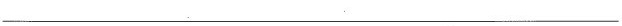
___